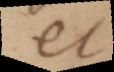
et